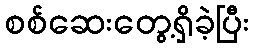
စစ်ဆေးတွေ့ရှိခဲ့ပြီး